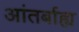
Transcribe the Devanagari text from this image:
आंतर्बाह्य